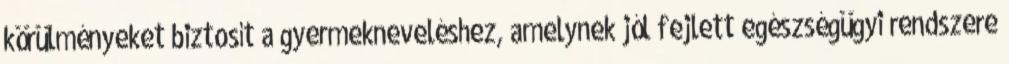
körülményeket biztosít a gyermekneveléshez, amelynek jól fejlett egészségügyi rendszere